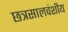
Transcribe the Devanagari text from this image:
छत्रसालवंशीय